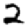
Digit: 2